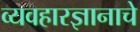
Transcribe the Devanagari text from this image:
व्यवहारज्ञानाचे